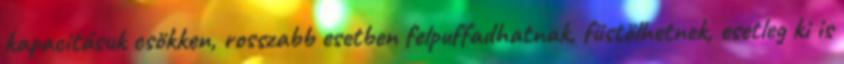
kapacitásuk csökken, rosszabb esetben felpuffadhatnak, füstölhetnek, esetleg ki is